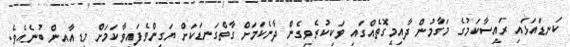
ކަނޑައަޅައި ރައީސާކަމުގެ މަގާމުން ދާއިމީގޮތެއްގައި ވަކިކުރެވިގެން ދާނެކަމަށް ގާތްގަނޑަކަށް ޔަގީންވެފައިވާކަމަށް މީޑިއާއިން ބުނެއެވެ.